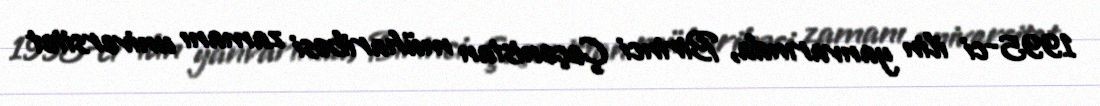
1995-ci ilin yanvarında, Birinci Çeçenistan müharibəsi zamanı universitet